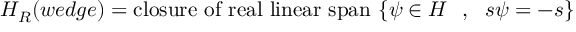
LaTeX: { \cal H } _ { R } ( w e d g e ) = \mathrm { c l o s u r e ~ o f ~ r e a l ~ l i n e a r ~ s p a n } ~ \{ \psi \in { \cal H } ~ ~ , ~ ~ s \psi = - s \}